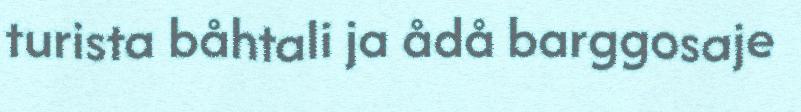
turista båhtali ja ådå barggosaje